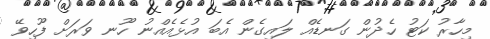
މިހާރު ކަޓު ހެދުން ގަނޑެއް ލައިގެން އެބަ އުޅެއެއްނު ހޫނ ވަރަށް ފޫހިވޭ